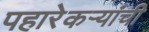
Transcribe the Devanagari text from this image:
पहारेकऱ्यांची